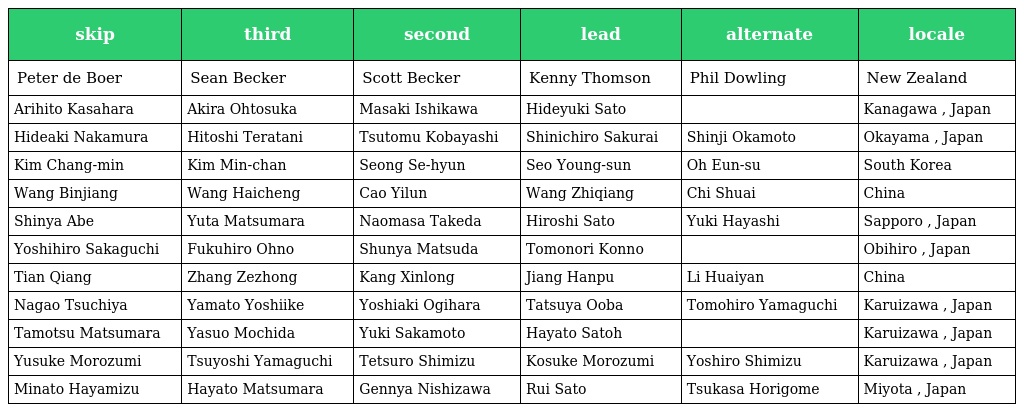
| skip | third | second | lead | alternate | locale |
 | --- | --- | --- | --- | --- | --- |
 | Peter de Boer | Sean Becker | Scott Becker | Kenny Thomson | Phil Dowling | New Zealand |
 | Arihito Kasahara | Akira Ohtosuka | Masaki Ishikawa | Hideyuki Sato |  | Kanagawa , Japan |
 | Hideaki Nakamura | Hitoshi Teratani | Tsutomu Kobayashi | Shinichiro Sakurai | Shinji Okamoto | Okayama , Japan |
 | Kim Chang-min | Kim Min-chan | Seong Se-hyun | Seo Young-sun | Oh Eun-su | South Korea |
 | Wang Binjiang | Wang Haicheng | Cao Yilun | Wang Zhiqiang | Chi Shuai | China |
 | Shinya Abe | Yuta Matsumara | Naomasa Takeda | Hiroshi Sato | Yuki Hayashi | Sapporo , Japan |
 | Yoshihiro Sakaguchi | Fukuhiro Ohno | Shunya Matsuda | Tomonori Konno |  | Obihiro , Japan |
 | Tian Qiang | Zhang Zezhong | Kang Xinlong | Jiang Hanpu | Li Huaiyan | China |
 | Nagao Tsuchiya | Yamato Yoshiike | Yoshiaki Ogihara | Tatsuya Ooba | Tomohiro Yamaguchi | Karuizawa , Japan |
 | Tamotsu Matsumara | Yasuo Mochida | Yuki Sakamoto | Hayato Satoh |  | Karuizawa , Japan |
 | Yusuke Morozumi | Tsuyoshi Yamaguchi | Tetsuro Shimizu | Kosuke Morozumi | Yoshiro Shimizu | Karuizawa , Japan |
 | Minato Hayamizu | Hayato Matsumara | Gennya Nishizawa | Rui Sato | Tsukasa Horigome | Miyota , Japan |